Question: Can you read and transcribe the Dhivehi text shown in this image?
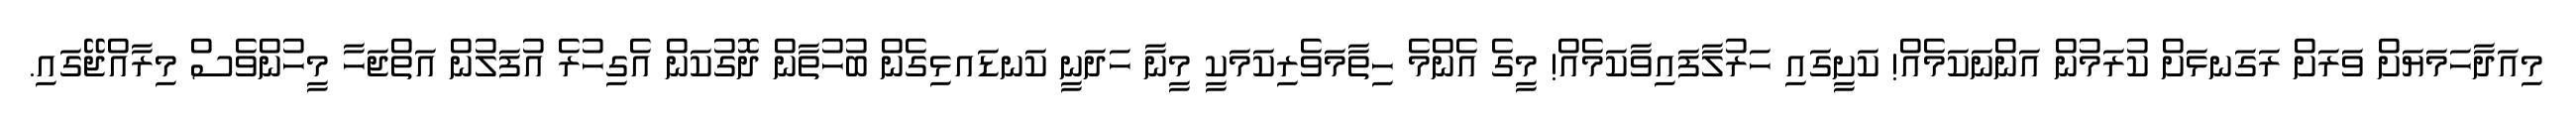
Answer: މިއަދާހަމަޔަށް ވަރަށް ރަގަނޅަށް ކުރަމުން އަންނަކަމެއް! ކަށީގައި ހަރުލާފައިވާކަމެއް! މީގެ އެންމެ ހިތާމަވެރިކަމަކީ މީނާ ހަދަނީ ކަނޑައޅިގެން ބުހުތާން ދޮގުކަން އެގިހުރެ އުފަލުން އަތްޖަހާ މީހުންވެސް މިރާއްޖޭގައި.